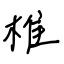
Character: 椎